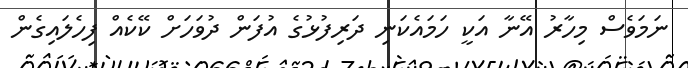
ނަމަވެސް މިހާރު އޭނާ އަކީ ހަމައެކަނި ދަރިފުޅުގެ އުފަން ދުވަހަށް ކޭކެއް ފިހެލައިގެން